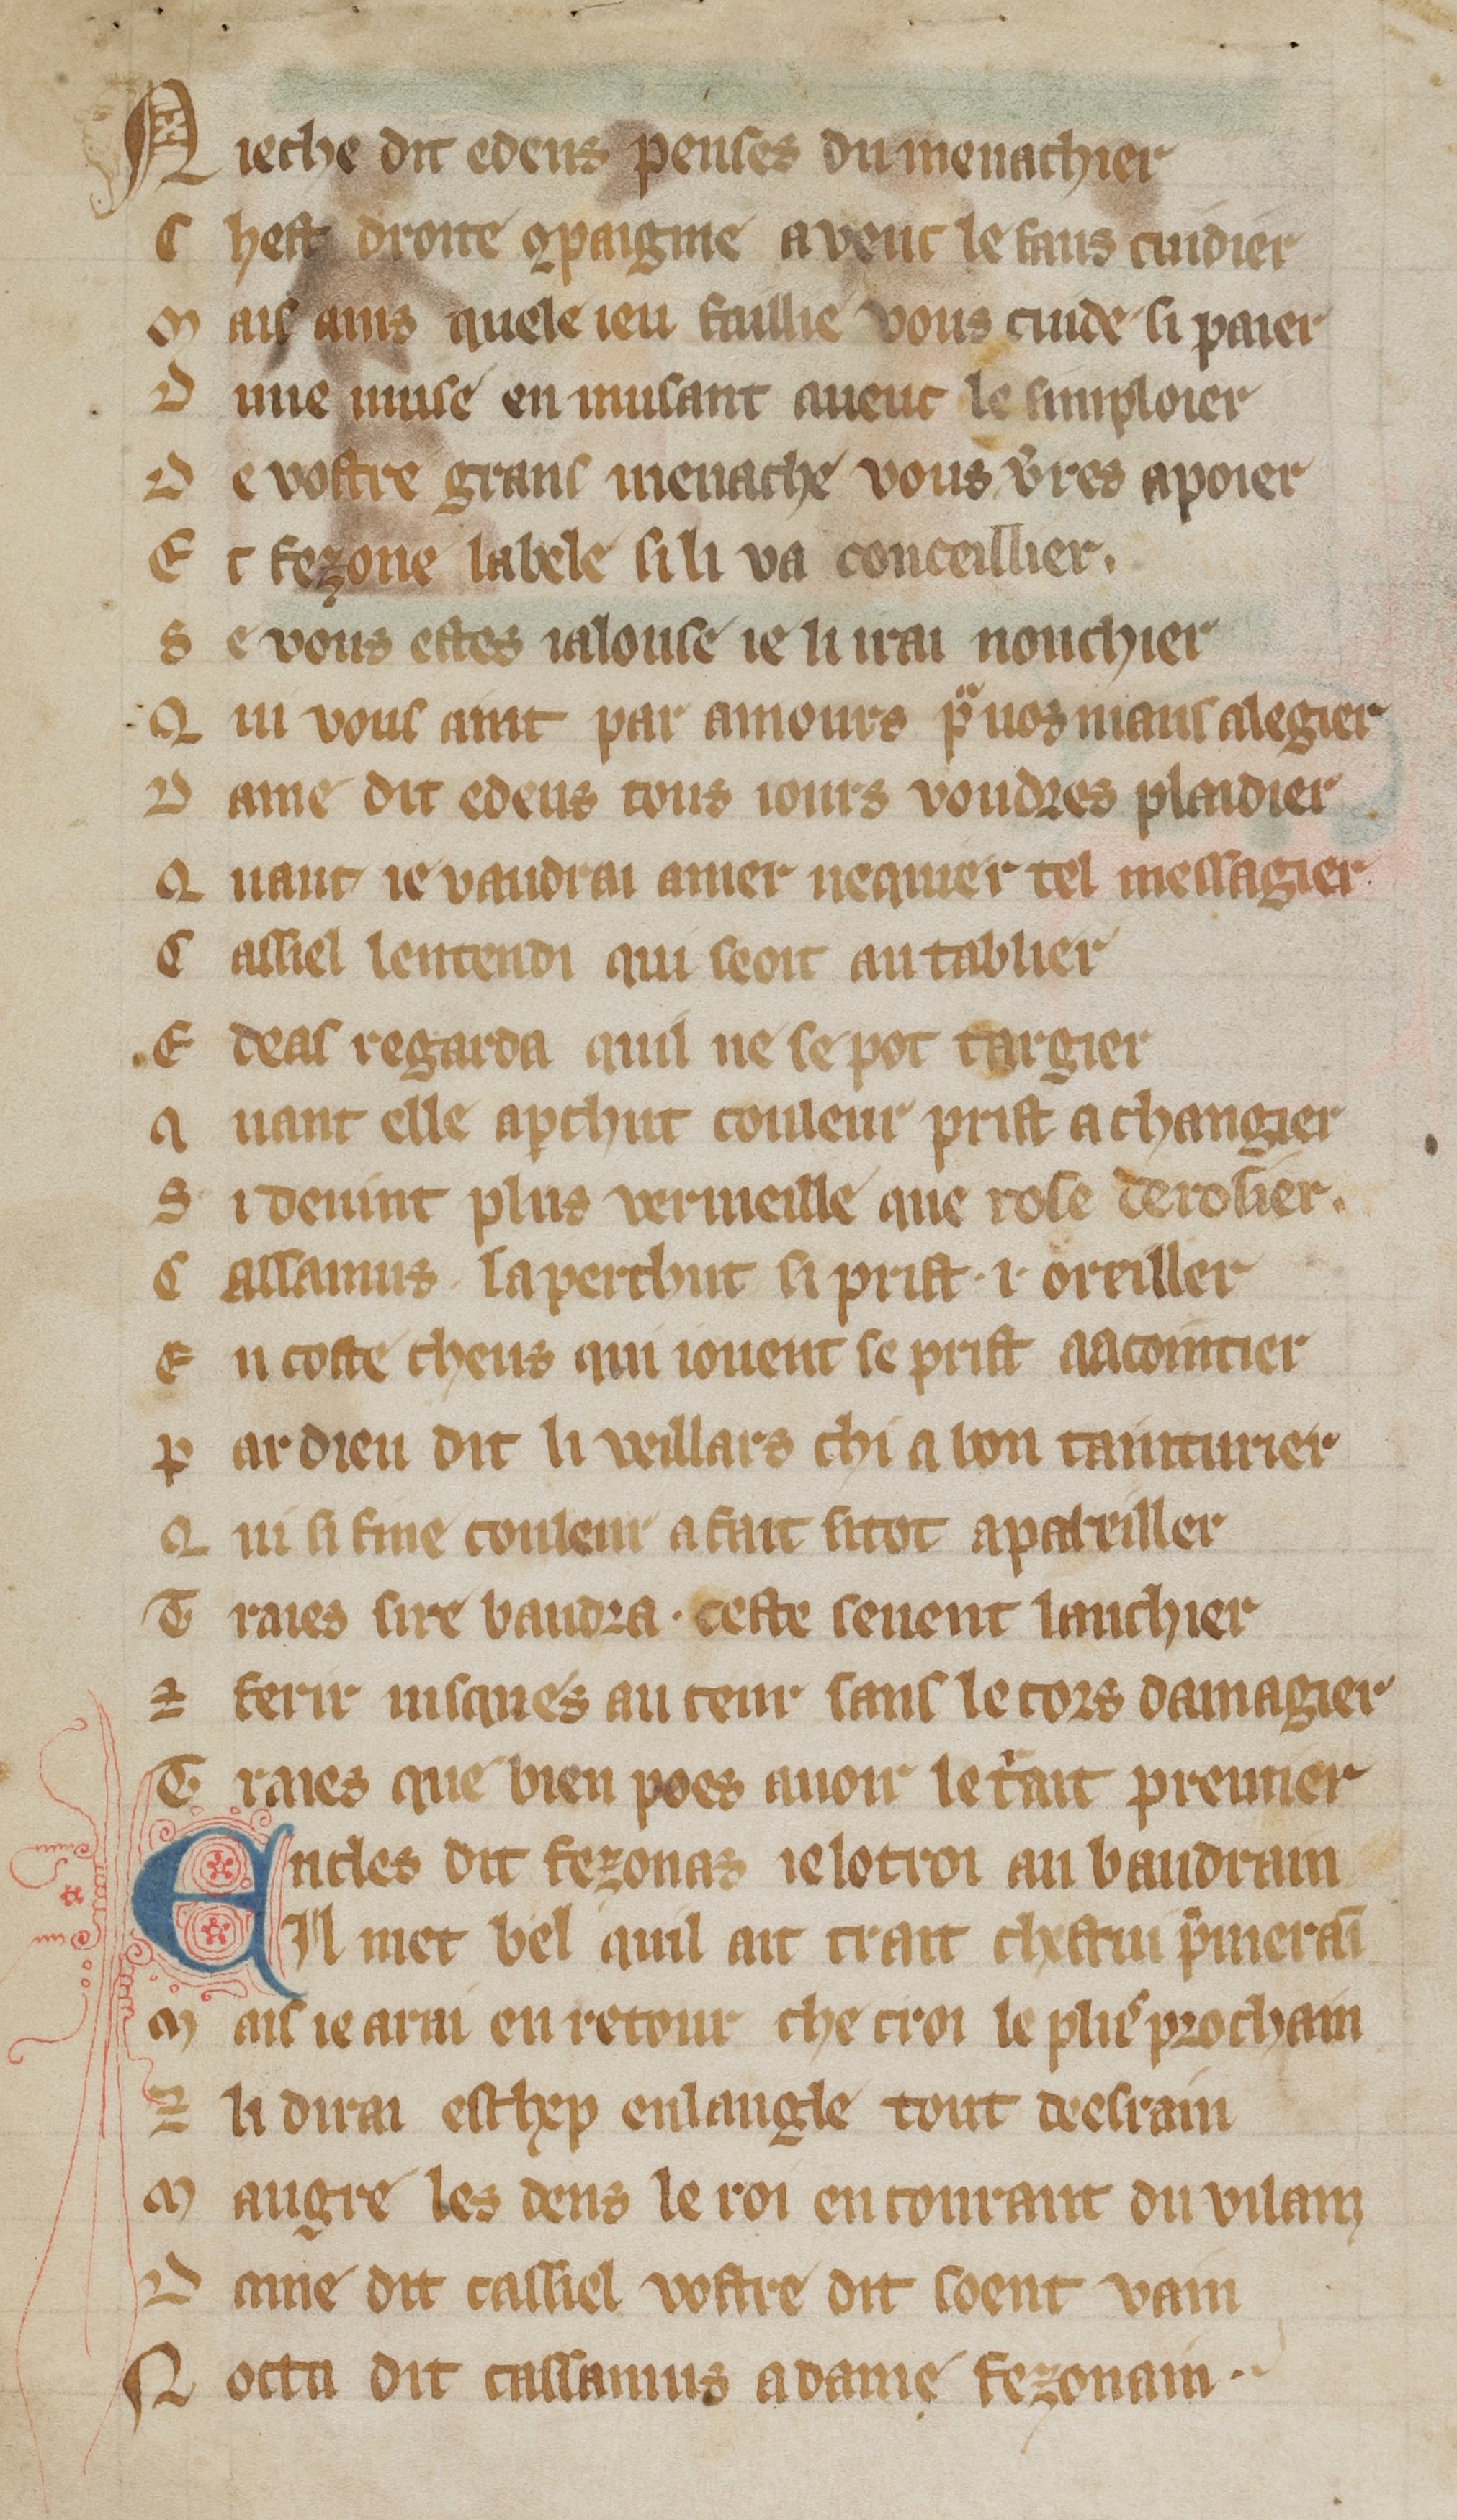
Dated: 1300–1330